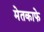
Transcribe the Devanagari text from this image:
मेतकाफे